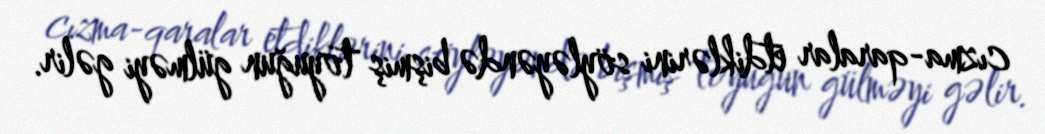
cızma-qaralar etdiklərini söyləyəndə bişmiş toyuğun gülməyi gəlir.